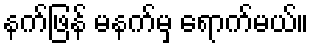
နက်ဖြန် မနက်မှ ရောက်မယ်။